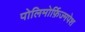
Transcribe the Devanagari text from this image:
पोलिमोर्फ़िज्मपेश